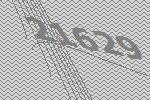
21629